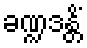
ခဏ္ဍဒန္တိံ